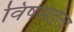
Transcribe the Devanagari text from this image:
विषमतेला